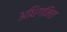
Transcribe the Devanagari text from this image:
अधिगमित